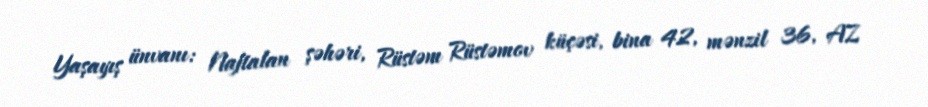
Yaşayış ünvanı: Naftalan şəhəri, Rüstəm Rüstəmov küçəsi, bina 42, mənzil 36, AZ